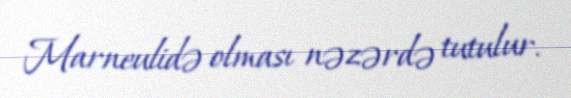
Marneulidə olması nəzərdə tutulur.